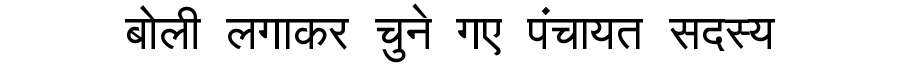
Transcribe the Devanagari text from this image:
बोली लगाकर चुने गए पंचायत सदस्य